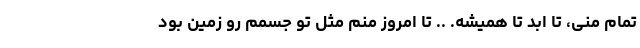
تمام منی، تا ابد تا همیشه. .. تا امروز منم مثل تو جسمم رو زمین بود